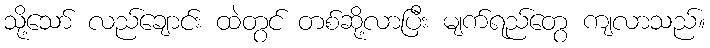
သို့သော် လည်ချောင်း ထဲတွင် တစ်ဆို့လာပြီး မျက်ရည်တွေ ကျလာသည်။